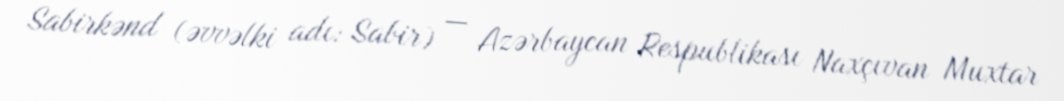
Sabirkənd (əvvəlki adı: Sabir) — Azərbaycan Respublikası Naxçıvan Muxtar